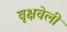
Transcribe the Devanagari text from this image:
वृक्षवेली